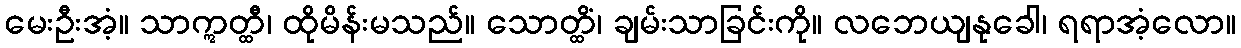
မေးဦးအံ့။ သာဣတ္ထီ၊ ထိုမိန်းမသည်။ သောတ္ထိံ၊ ချမ်းသာခြင်းကို။ လဘေယျနုခေါ၊ ရရာအံ့လော။